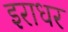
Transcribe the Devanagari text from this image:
इराधर